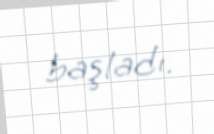
başladı.